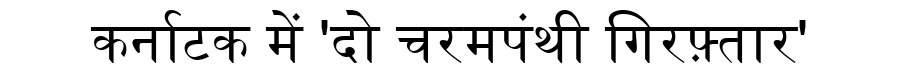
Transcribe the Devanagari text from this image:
कर्नाटक में 'दो चरमपंथी गिरफ़्तार'